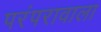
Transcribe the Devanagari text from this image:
परंपरावाला